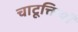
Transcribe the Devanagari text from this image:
चाटूक्तियाँ